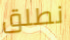
نطلق